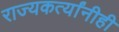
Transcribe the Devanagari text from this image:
राज्यकर्त्यांनीही